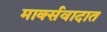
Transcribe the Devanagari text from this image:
मार्क्सवादात